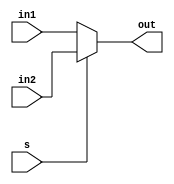
module mux2_1b(in1, in2, s, out);

    input in1, in2;
    input s;

    output wire out;

    assign out = (s == 0) ? in1 : in2;

endmodule